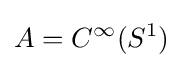
A=C^{\infty }(S^{1})